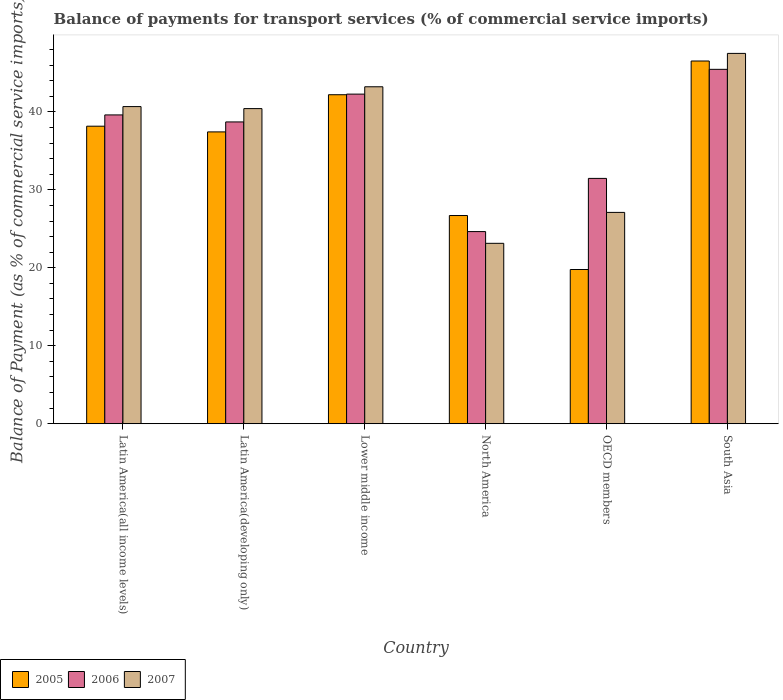
| Country | 2005 | 2006 | 2007 |
 | --- | --- | --- | --- |
 | Latin America(all income levels) | 38.2 | 39.6 | 40.7 |
 | Latin America(developing only) | 37.4 | 38.7 | 40.4 |
 | Lower middle income | 42.2 | 42.3 | 43.2 |
 | North America | 26.7 | 24.6 | 23.1 |
 | OECD members | 19.8 | 31.5 | 27.1 |
 | South Asia | 46.5 | 45.5 | 47.5 |